Report of the Hyderabad Chloroform Commission
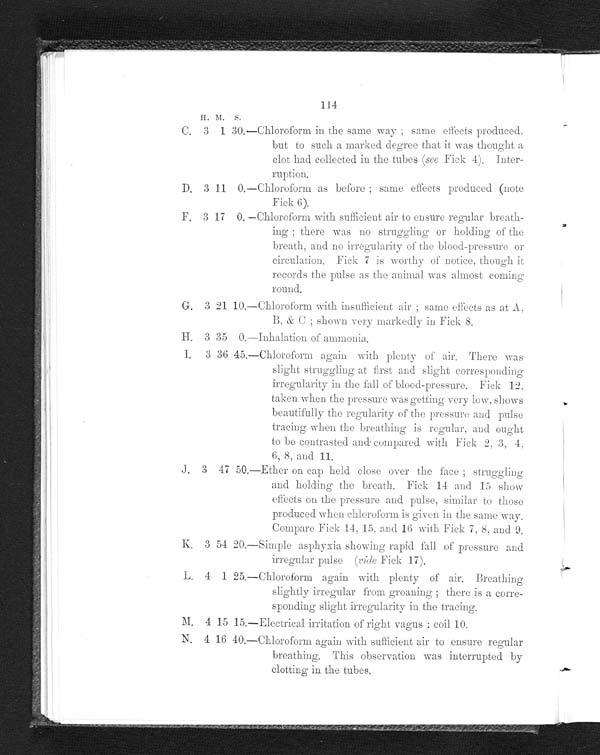
114
C.
H .
3
M.
1
s.
30.—Chloroform in the same way ; same effects produced,
but to such a marked degree that it was thought a
clot had collected in the tubes ( see Fick 4).Inter-
. r u p t i o n .
D. 3 11 0.—Chloroform as before ; same effects produced (note
Fick 6).
F. 3 17 0. —Chloroform with sufficient air to ensure regular breath-
ing ; there was no struggling or holding of the
i n g t h e r e w a s n o s t r u g g l i n g o r b r e a t h , a n d n o i r r e g u l a r i t y o f t h e b l o o d - p r e s s u r e o r
circulation. Fick 7 is worthy of notice, though it
records the pulse as the animal was almost coming
round.
G. 3 21 10.—Chloroform with insufficient air ; same effects as at A.
B. & C ; shown very markedly in Fick 8.
H. 3 35 0.Inhalation of ammonia.
I. 3 36 45.—Chloroform again with plenty of air. There was
slight struggling at first and slight corresponding
irregularity in the fall of blood-pressure. Fick 12,
taken when the pressure was getting very low, shows
beautifully the regularity of the pressure and pulse
tracing -when the breathing is regular, and ought
to be contrasted and compared with Fick 2, 3, 4,
6, 8, and 11.
J. 3 47 50.—Ether on cap held close over the face ; struggling
and holding the breath.Fick 14 and 15 show
effects on the pressure and pulse, similar to those
produced when chloroform is given in the same way.
Compare Fick 14, 15. and 16 with Fick 7, 8, and 9.
K. 3 54 20.—Simple asphyxia showing rapid fall of pressure and
irregular pulse (vide Fick 17).
L. 4 1 25.—Chloroform again with plenty of air. Breathing
slightly irregular from groaning' ; there is a corre-
sponding slight irregularity in the tracing.
M. 4 15 15,—Electrical irritation of right vagus : coil 10.
N. 4 16 40.—Chloroform again with sufficient air to ensure regular
breathing. This observation was interrupted by
clotting in the tubes.